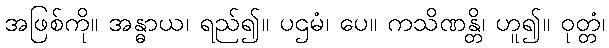
အဖြစ်ကို။ အန္ဓာယ၊ ရည်၍။ ပဌမံ၊ ပေ။ ကသိဏန္တိ၊ ဟူ၍။ ဝုတ္တံ၊